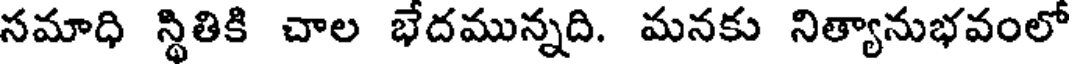
సమాధి స్థితికి చాల భేదమున్నది. మనకు నిత్యానుభవంలో